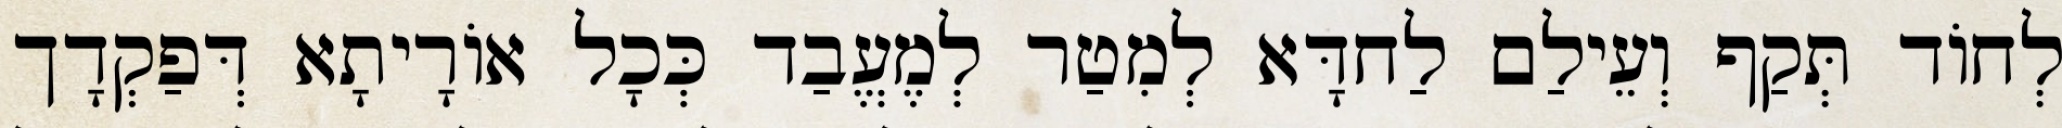
לְחוֹד תְּקַף וְעֵילַם לַחדָּא לְמִטַר לְמֶעֱבַד כְּכָל אוֹרָיתָא דְּפַקְדָך